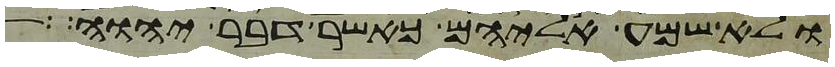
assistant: ולא שמע אליהם כאשר דבר יהוה